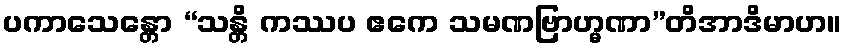
ပကာသေန္တော “သန္တိ ကဿပ ဧကေ သမဏဗြာဟ္မဏာ”တိအာဒိမာဟ။